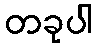
တခုပါ